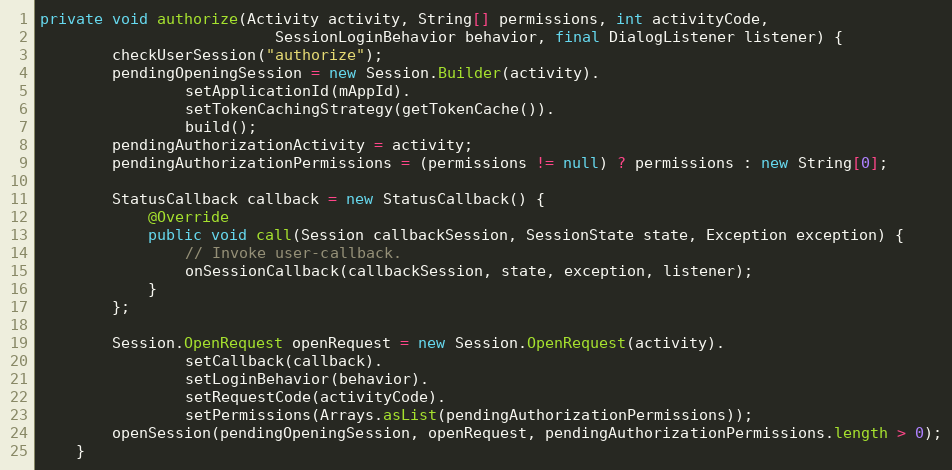
Language: Java
private void authorize(Activity activity, String[] permissions, int activityCode,
                          SessionLoginBehavior behavior, final DialogListener listener) {
        checkUserSession("authorize");
        pendingOpeningSession = new Session.Builder(activity).
                setApplicationId(mAppId).
                setTokenCachingStrategy(getTokenCache()).
                build();
        pendingAuthorizationActivity = activity;
        pendingAuthorizationPermissions = (permissions != null) ? permissions : new String[0];

        StatusCallback callback = new StatusCallback() {
            @Override
            public void call(Session callbackSession, SessionState state, Exception exception) {
                // Invoke user-callback.
                onSessionCallback(callbackSession, state, exception, listener);
            }
        };

        Session.OpenRequest openRequest = new Session.OpenRequest(activity).
                setCallback(callback).
                setLoginBehavior(behavior).
                setRequestCode(activityCode).
                setPermissions(Arrays.asList(pendingAuthorizationPermissions));
        openSession(pendingOpeningSession, openRequest, pendingAuthorizationPermissions.length > 0);
    }